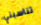
تناسبني